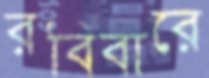
রবিবারে